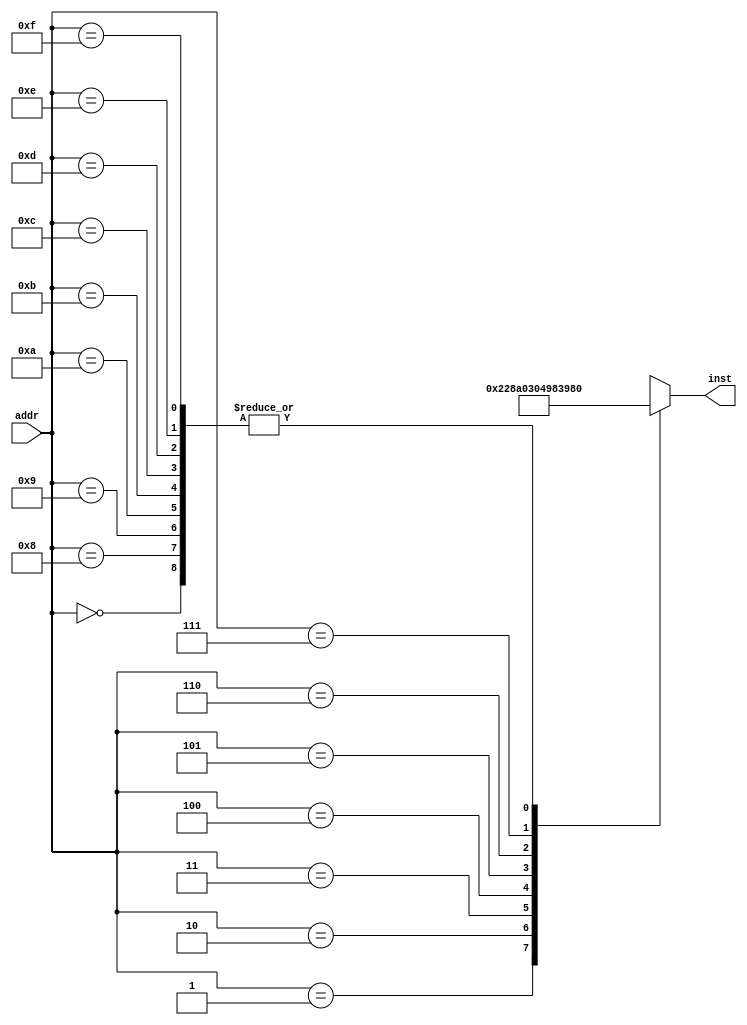
`timescale 1ns / 1ps
//////////////////////////////////////////////////////////////////////////////////
// Company: 
// Engineer: 
// 
// Design Name: 
// Module Name:    instruction_ROM 
// Project Name: 
// Target Devices: 
// Tool versions: 
// Description: 
//
// Dependencies: 
//
// Revision: 
// Revision 0.01 - File Created
// Additional Comments: 
//
//////////////////////////////////////////////////////////////////////////////////
module instruction_ROM(addr, inst);
input [3:0] addr;
output [6:0] inst;

wire [6:0] memory [15:0];

	assign memory[0] = 7'b0000000;
	assign memory[1] = 7'b0010001;
	assign memory[2] = 7'b0100010;
	assign memory[3] = 7'b1000000;
	assign memory[4] = 7'b0110000;
	assign memory[5] = 7'b0100100;
	assign memory[6] = 7'b1100000;
	assign memory[7] = 7'b1110011;
	assign memory[8] = 7'b0000000;
	assign memory[9] = 7'b0000000;
	assign memory[10] = 7'b0000000;
	assign memory[11] = 7'b0000000;
	assign memory[12] = 7'b0000000;
	assign memory[13] = 7'b0000000;
	assign memory[14] = 7'b0000000;
	assign memory[15] = 7'b0000000;


	assign inst = memory[addr];
endmodule